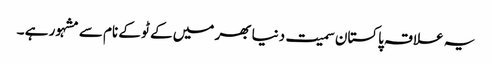
یہ علاقہ پاکستان سمیت دنیا بھر میں کے ٹو کے نام سے مشہور ہے ۔